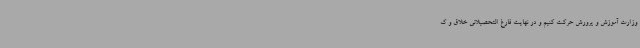
وزارت آموزش و پرورش حرکت کنیم و در نهایت فارغ التحصیلانی خلاق و ک